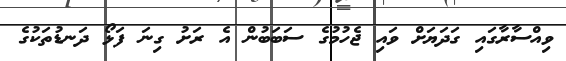
ވިއްސާރާގައި ގަދަޔަށް ވައި ޖެހުމުގެ ސަބަބުން އެ ރަށު ގިނަ ފަޅޯ ދަނޑުތަކުގެ